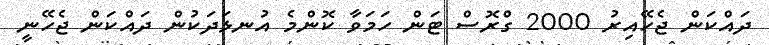
ދައްކަން ޖެހޭއިރު 2000 ގްރޮސް ޓަން ހަމަވާ ކޮންމެ އުނޅަދަކުން ދައްކަން ޖެހޭނީ